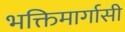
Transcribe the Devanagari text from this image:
भक्तिमार्गासी